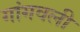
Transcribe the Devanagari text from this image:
गांगवली